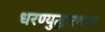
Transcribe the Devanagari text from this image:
धरण्युद्धारणाय